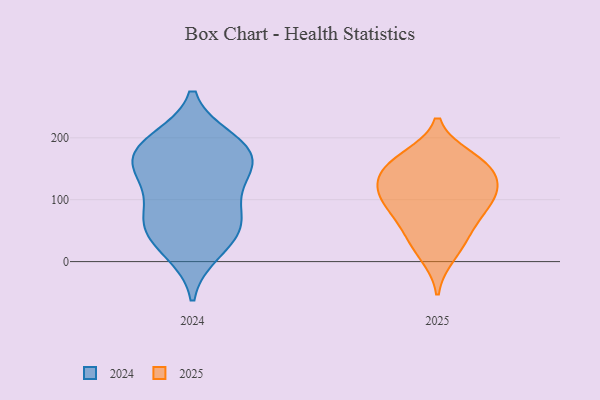
{"axis": {"x": "Bounce Rate (%)", "y": "Value"}, "legend": ["2024", "2025"], "data": [{"x": "", "y": 82, "type": "2025"}, {"x": "", "y": 123, "type": "2025"}, {"x": "", "y": 154, "type": "2025"}, {"x": "", "y": 37, "type": "2025"}, {"x": "", "y": 10, "type": "2025"}, {"x": "", "y": 149, "type": "2025"}, {"x": "", "y": 168, "type": "2025"}, {"x": "", "y": 104, "type": "2025"}, {"x": "", "y": 86, "type": "2025"}, {"x": "", "y": 125, "type": "2025"}, {"x": "", "y": 50, "type": "2025"}, {"x": "", "y": 107, "type": "2025"}, {"x": "", "y": 162, "type": "2025"}, {"x": "", "y": 16, "type": "2024"}, {"x": "", "y": 132, "type": "2024"}, {"x": "", "y": 175, "type": "2024"}, {"x": "", "y": 182, "type": "2024"}, {"x": "", "y": 150, "type": "2024"}, {"x": "", "y": 78, "type": "2024"}, {"x": "", "y": 28, "type": "2024"}, {"x": "", "y": 193, "type": "2024"}, {"x": "", "y": 65, "type": "2024"}, {"x": "", "y": 69, "type": "2024"}, {"x": "", "y": 56, "type": "2024"}, {"x": "", "y": 162, "type": "2024"}, {"x": "", "y": 133, "type": "2024"}, {"x": "", "y": 196, "type": "2024"}]}